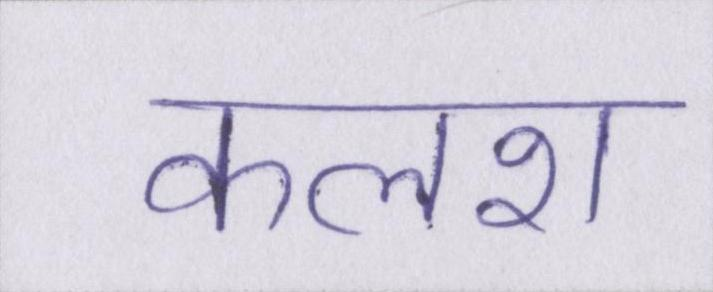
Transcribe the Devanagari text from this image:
कलश